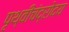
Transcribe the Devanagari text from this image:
पृथ्वीचंद्रोदय